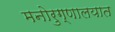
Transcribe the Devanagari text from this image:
मनोरुग्णालयात